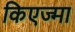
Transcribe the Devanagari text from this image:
किएज्मा